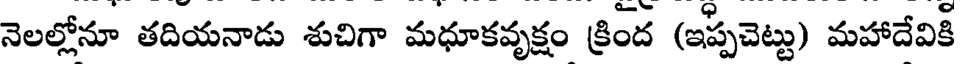
నెలల్లోనూ తదియనాడు శుచిగా మధూకవృక్షం క్రింద (ఇప్పచెట్టు) మహాదేవికీ